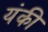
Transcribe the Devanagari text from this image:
यंकी